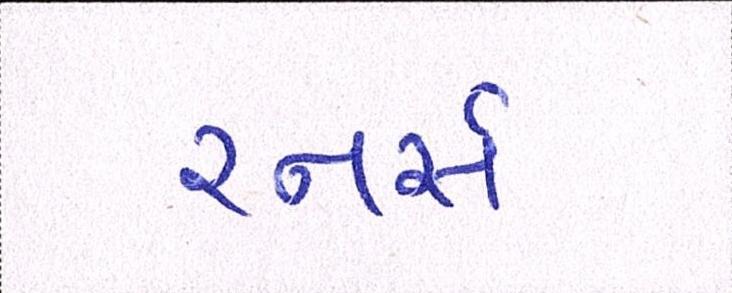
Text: રનર્સ